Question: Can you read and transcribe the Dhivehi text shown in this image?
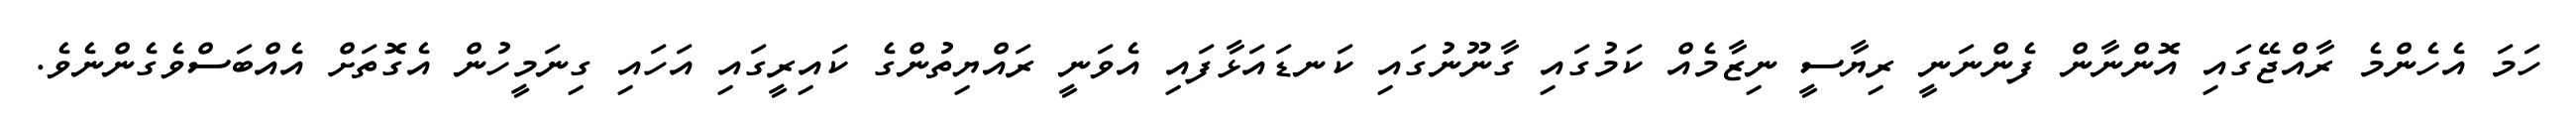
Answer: ހަމަ އެހެންމެ ރާއްޖޭގައި އޮންނާން ފެންނަނީ ރިޔާސީ ނިޒާމެއް ކަމުގައި ގާނޫނުގައި ކަނޑައަޅާފައި އެވަނީ ރައްޔިތުންގެ ކައިރީގައި އަހައި ގިނަމީހުން އެގޮތަށް އެއްބަސްވެގެންނެވެ.